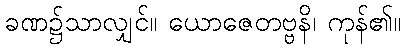
ခဏ၌သာလျှင်။ ယောဇေတဗ္ဗနိ၊ ကုန်၏။